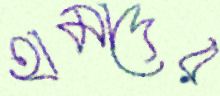
হামাদের